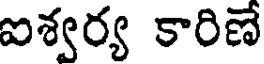
ఐశ్వర్య కారిణే